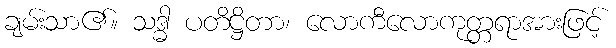
ချမ်းသာ၏။ သဒ္ဓါ ပတိဋ္ဌိတာ၊ လောကီလောကုတ္တရာအားဖြင့်